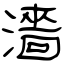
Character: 濇